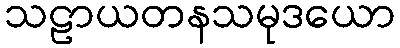
သဠာယတနသမုဒယော